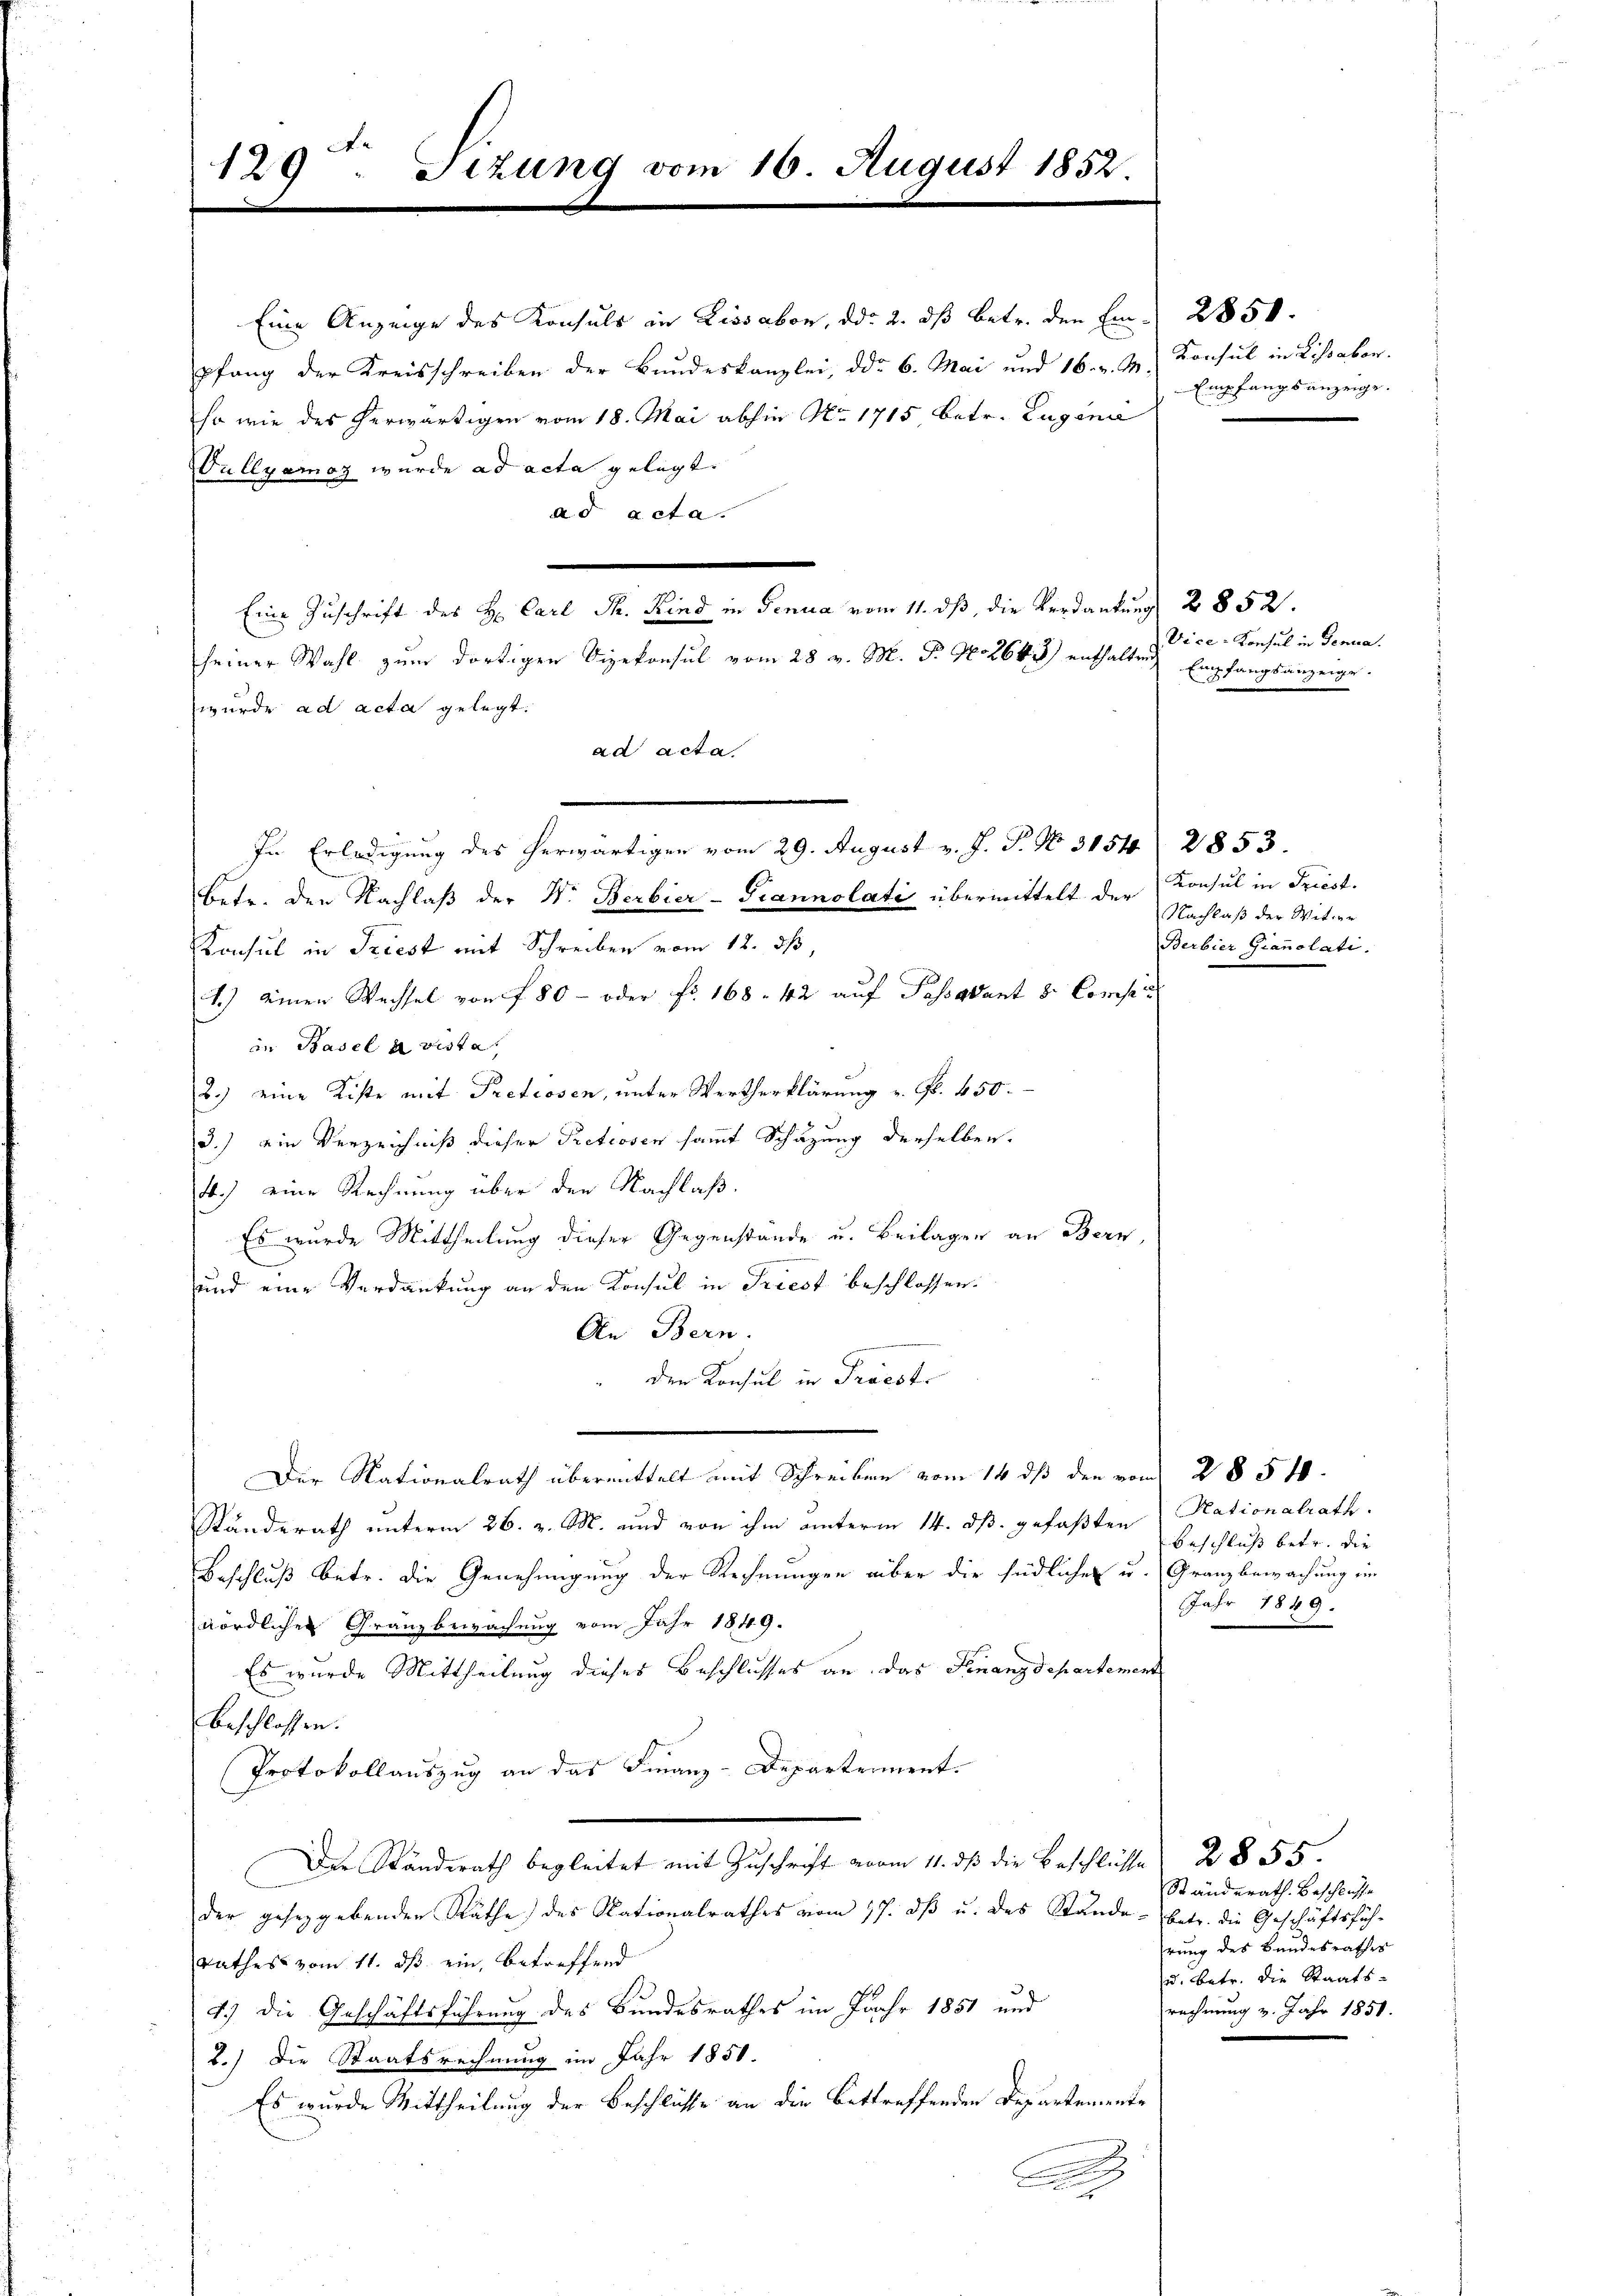
129 Sizung vom 16. August 1852.

Eine Anzeige des Konsuls in Lissabon, ddo 2. ds betr. den Em- 2850.
pfang der Kreisschreiben der Bundeskanzlei, ddo 6. Mai und 16. v. M.
so wie des herwärtigen vom 18. Mai abhin No. 1715 betr. Eugenie
Tullyamoz wurde ad acta gelegt.
ad acta.
Eine Zuschrift des H. Carl Th. Kind in Genua vom 11. ds, die Verdankung 2852.
seiner Wahl zum dortigen Vizekonsul vom 28 v. M. D. Protoki) enthalten Empfangsanzeige
wurde ad acta gelegt.
ad acta.
In Erledigung des herwärtigen vom 29. August v. J. P. No 3154. 2853.
betr. den Nachlaß der Dr. Berbier-Grannolati übermittelt der Konsul in Triest.
Konsul in Triest mit Schreiben vom 12. ds,
1.) einen Wechsel von f 80 - oder Fr. 168. 42 auf Passavant 8. Compet
in Basel avista
2.) eine Kiste mit Pretiosen, unter Wertherklärung u. Fr. 450.
d
3.) ein Verzeichniß dieser Pretiosen sammt Schazung derselben.
4.) eine Rechnung über den Nachlaß.
Es wurde Mittheilung dieser Gegenstande u. Beilagen an Bern,
.
und eine Verdankung an den Konsul in Friest beschlossen.
An Bern.
den Konsul in Praest.
Der Nationalrath übermittelt mit Schreiben vom 14. ds den vom 28 540.
Standerath unterm 26. v. M. und von ihm unterm 14. ds. gefaßten
Beschluß betr. die Genehmigung der Rechnungen aber die südlichen u. Granz bewachung im
nördlichen Granzbewachung vom Jahr 1849.
Es wurde Mittheilung dieses Beschlusses an. Das Finanzdepartement
beschlossen.
Protokollauszug an das Finanz-Departement.
Der Standerath begleitet mit Zuschrift vom 11. ds die Beschlüsse 2855.
der geseggebenden Räthe des Nationalrathes vom 17. ds u. des Stande betr. die Geschäftsführathes vom 11. ds ein, betreffend
4.) Die Geschäftsführung des Bundesrathes im Jahr 1851 und
2.) Die Staatsrechnung im Jahr 1851.
Es wurde Mittheilung der Beschlüsse an die Bettreffenden Departemente
c

Konsul in Lissabon.
Empfangsanzeige.

Vice-Konsul in Genua

Nachlaß der Witwe
Berbier Gianolati.

Nationalrath.
Beschluß betr. die
Jahr 1849.

Ständerath Beschlusse
rung des Bandesrathes
u. betr. die Staats-
rechnung v. Jahr 1851.